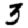
Digit: 3